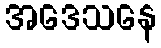
အဒေသနေ